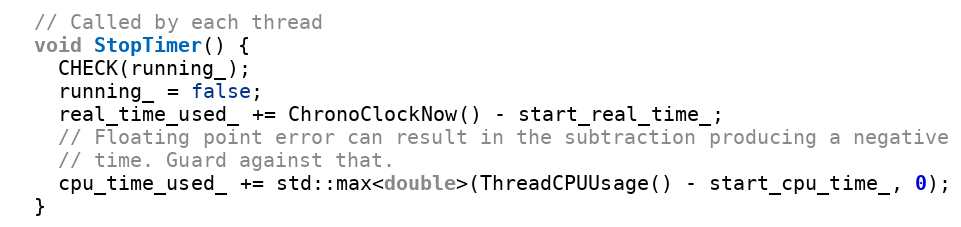
Language: C
  // Called by each thread
  void StopTimer() {
    CHECK(running_);
    running_ = false;
    real_time_used_ += ChronoClockNow() - start_real_time_;
    // Floating point error can result in the subtraction producing a negative
    // time. Guard against that.
    cpu_time_used_ += std::max<double>(ThreadCPUUsage() - start_cpu_time_, 0);
  }